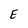
Character: E